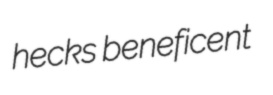
hecks beneficent